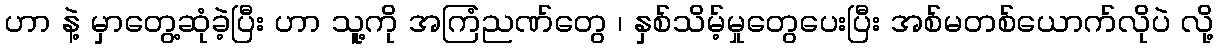
ဟာ နဲ့ မှာတွေ့ဆုံခဲ့ပြီး ဟာ သူ့ကို အကြံညဏ်တွေ ၊ နှစ်သိမ့်မှုတွေပေးပြီး အစ်မတစ်ယောက်လိုပဲ လို့